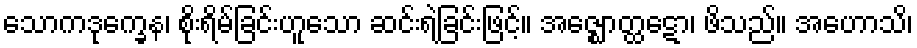
သောကဒုက္ခေန၊ စိုးရိမ်ခြင်းဟူသော ဆင်းရဲခြင်းဖြင့်။ အဇ္ဈောတ္ထဋော၊ ဖိသည်။ အဟောသိ၊